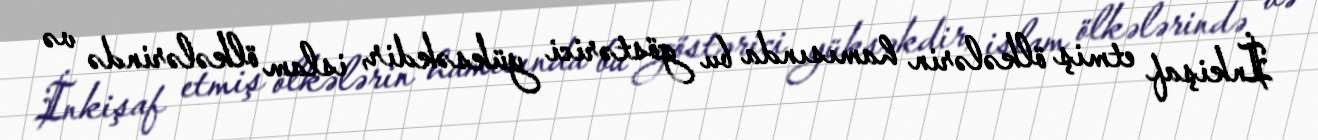
İnkişaf etmiş ölkələrin hamısında bu göstərici yüksəkdir, islam ölkələrində və